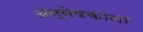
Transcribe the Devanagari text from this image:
अन्वेषकांना